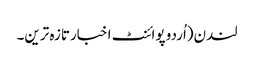
لندن(اُردو پوائنٹ اخبارتازہ ترین۔